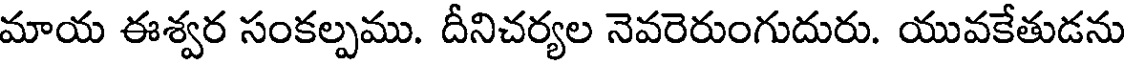
మాయ ఈశ్వర సంకల్పము. దీనిచర్యల నెవరెరుంగుదురు. యువకేతుడను